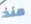
منذ